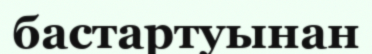
бастартуынан